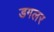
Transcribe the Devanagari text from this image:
डगलर